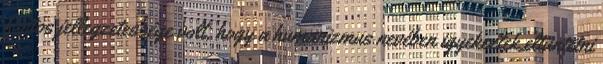
fontos jellegzetessége volt, hogy a humanizmus nevében igyekeztek eltüntetni